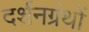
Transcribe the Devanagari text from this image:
दर्शनग्रंथों